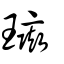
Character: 璏